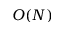
O ( N )